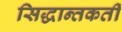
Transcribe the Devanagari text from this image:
सिद्धान्तकर्ती